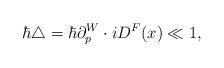
LaTeX: \begin{align*}\hbar \triangle = \hbar \partial_p^W \cdot iD^F(x) \ll 1,\end{align*}